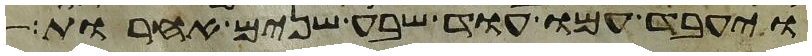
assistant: ויעבד עמו עוד שבע שנים אחרות